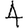
Digit: 4